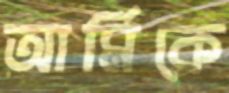
আর্মিকে